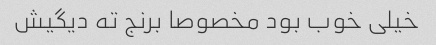
خیلی خوب بود مخصوصا برنج ته دیگیش